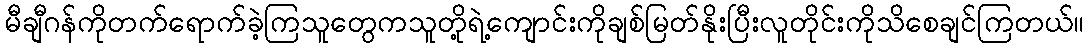
မီချီဂန်ကိုတက်ရောက်ခဲ့ကြသူတွေကသူတို့ရဲ့ကျောင်းကိုချစ်မြတ်နိုးပြီးလူတိုင်းကိုသိစေချင်ကြတယ်။